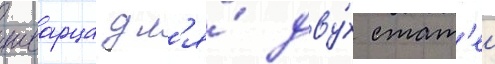
шварца дл'я́ дву́х стат'еи